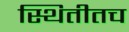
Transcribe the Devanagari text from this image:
स्थितीतच